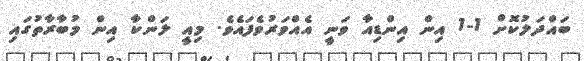
ބައްދަލުކޮށް 1-1 އިން އިންޑިއާ ވަނީ އެއްވަރުވެފައެވެ. މިއީ ލަންކާ އިން މުބާރާތުގައި